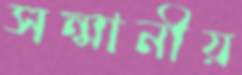
সন্মানীয়